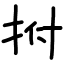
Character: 拊